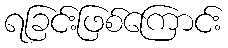
ရခြင်းဖြစ်ကြောင်း